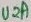
Text: U2A